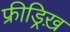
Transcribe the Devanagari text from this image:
फ्रीड्रिख़